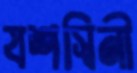
যশস্বিনী